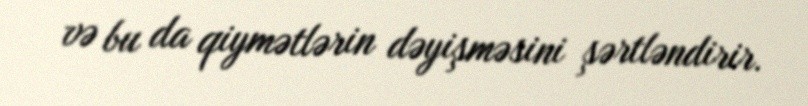
və bu da qiymətlərin dəyişməsini şərtləndirir.